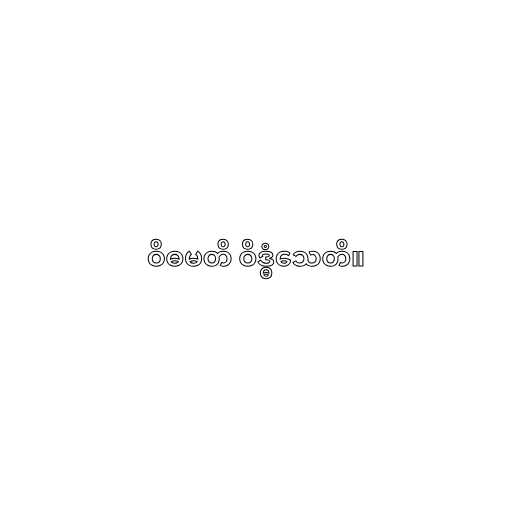
ဝိဓမတိ ဝိဒ္ဓံသေတိ။